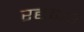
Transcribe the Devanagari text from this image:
रद्दकर